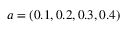
a = ( 0 . 1 , 0 . 2 , 0 . 3 , 0 . 4 )